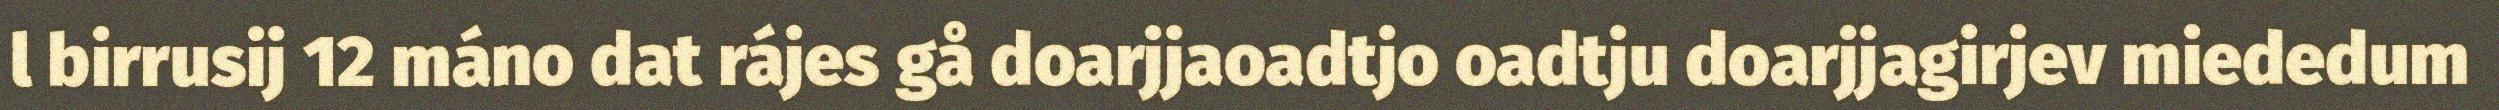
l birrusij 12 máno dat rájes gå doarjjaoadtjo oadtju doarjjagirjev miededum